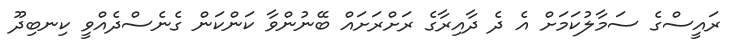
ރައީސްގެ ސަމާލުކަމަށް އެ ދެ ދާއިރާގެ ރަށްރަށައް ބޭނުންވާ ކަންކަން ގެނެސްދެއްވީ ކިނބިދޫ